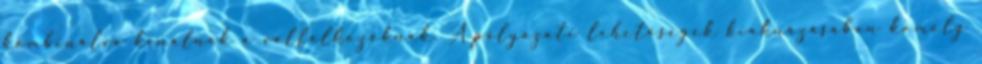
kombinálva kínálnak a vállalkozóknak. A pályázati lehetőségek kiaknázásában komoly